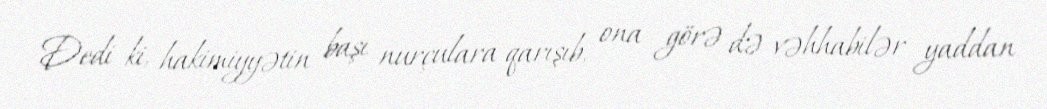
Dedi ki, hakimiyyətin başı nurçulara qarışıb, ona görə də vəhhabilər yaddan